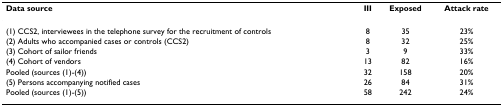
<table><thead><tr><td><b>Data source</b></td><td><b>III</b></td><td><b>Exposed</b></td><td><b>Attack rate</b></td></tr></thead><tbody><tr><td>(1) CCS2, interviewees in the telephone survey for the recruitment of controls</td><td>8</td><td>35</td><td>23%</td></tr><tr><td>(2) Adults who accompanied cases or controls (CCS2)</td><td>8</td><td>32</td><td>25%</td></tr><tr><td>(3) Cohort of sailor friends</td><td>3</td><td>9</td><td>33%</td></tr><tr><td>(4) Cohort of vendors</td><td>13</td><td>82</td><td>16%</td></tr><tr><td>Pooled (sources (1)-(4))</td><td>32</td><td>158</td><td>20%</td></tr><tr><td>(5) Persons accompanying notified cases</td><td>26</td><td>84</td><td>31%</td></tr><tr><td>Pooled (sources (1)-(5))</td><td>58</td><td>242</td><td>24%</td></tr></tbody></table>